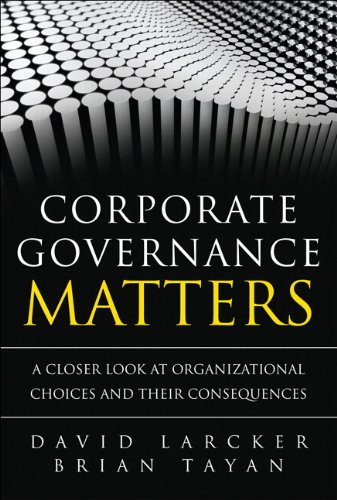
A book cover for Corporate Governance Matters: A Closer Look at Organizational Choices and Their Consequences (paperback); David Larcker; Business & Money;